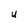
Character: U